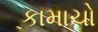
કામાચો